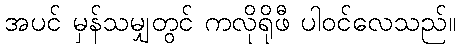
အပင် မှန်သမျှတွင် ကလိုရိုဖီ ပါဝင်လေသည်။